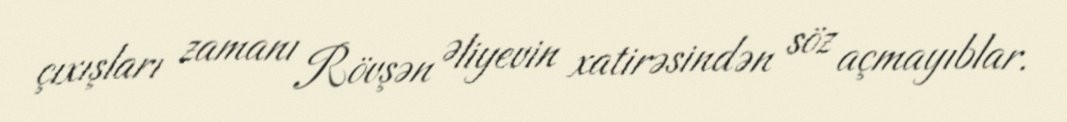
çıxışları zamanı Rövşən Əliyevin xatirəsindən söz açmayıblar.